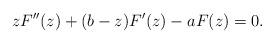
LaTeX: \begin{align*}zF^{\prime \prime }(z)+(b-z)F^{\prime }(z)-aF(z)=0.\end{align*}